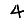
Digit: 4